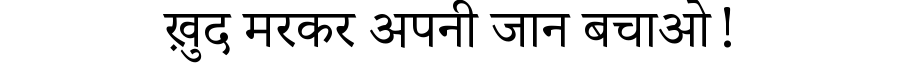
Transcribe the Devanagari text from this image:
ख़ुद मरकर अपनी जान बचाओ!